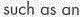
such as an